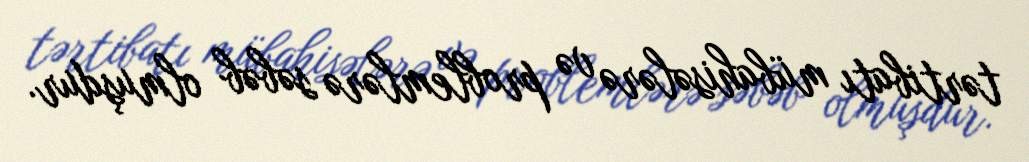
tərtibatı mübahisələrə və problemlərə səbəb olmuşdur.